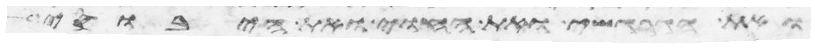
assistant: ואת הגרגשי ואת החוי ואת היבוסי